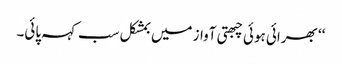
‘‘ بھرائی ہوئی چبھتی آواز میں بمشکل سب کہہ پائی۔